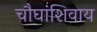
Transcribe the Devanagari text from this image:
चौघांशिवाय